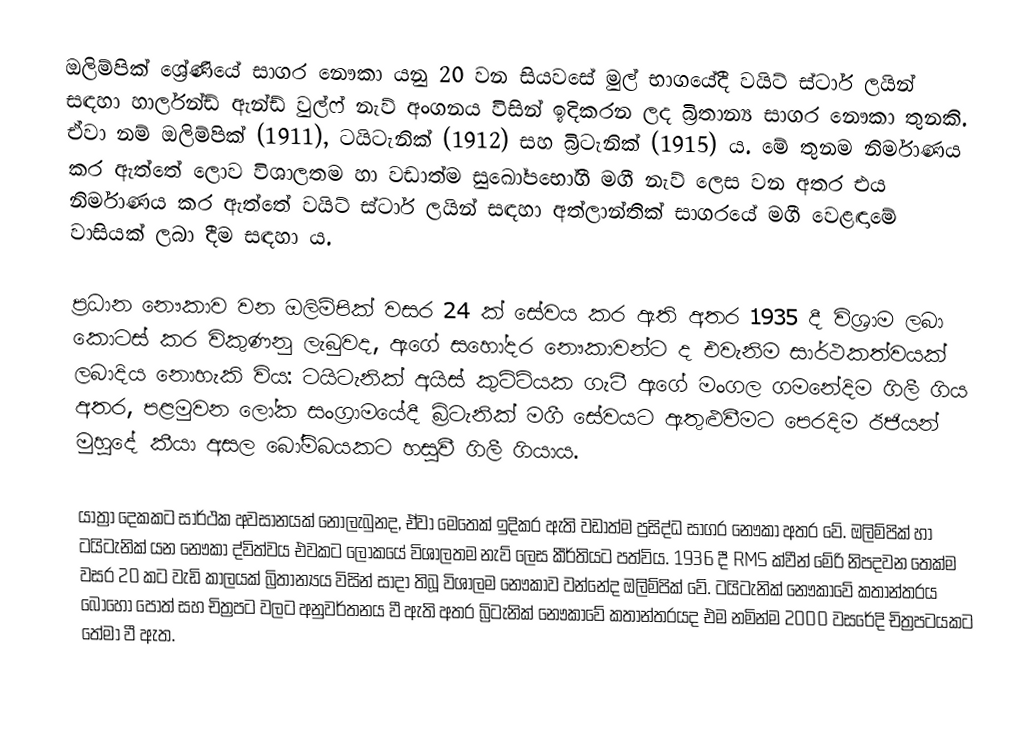
ඔලිම්පික් ශ්‍රේණියේ සාගර නෞකා යනු 20 වන සියවසේ මුල් භාගයේදී වයිට් ස්ටාර් ලයින් සඳහා හාර්ලන්ඩ් ඇන්ඩ් වුල්ෆ් නැව් අංගනය විසින් ඉදිකරන ලද බ්‍රිතාන්‍ය සාගර නෞකා තුනකි. ඒවා නම් ඔලිම්පික් (1911), ටයිටැනික් (1912) සහ බ්‍රිටැනික් (1915) ය. මේ තුනම නිර්මාණය කර ඇත්තේ ලොව විශාලතම හා වඩාත්ම සුඛෝපභෝගී මගී නැව් ලෙස වන අතර එය නිර්මාණය කර ඇත්තේ වයිට් ස්ටාර් ලයින් සඳහා අත්ලාන්තික් සාගරයේ මගී වෙළඳාමේ වාසියක් ලබා දීම සඳහා ය.

ප්‍රධාන නෞකාව වන ඔලිම්පික් වසර 24 ක් සේවය කර ඇති අතර 1935 දී විශ්‍රාම ලබා කොටස් කර විකුණනු ලැබුවද, ඇගේ සහෝදර නෞකාවන්ට ද එවැනිම සාර්ථකත්වයක් ලබාදිය නොහැකි විය: ටයිටැනික් අයිස් කුට්ටියක ගැටී ඇගේ මංගල ගමනේදිම ගිලී ගිය අතර, පළමුවන ලෝක සංග්‍රාමයේදී බ්‍රිටැනික් මගී සේවයට ඇතුළුවීමට පෙරදිම ඊජියන් මුහුදේ කීයා අසල බෝම්බයකට හසුවී ගිලී ගියාය.

යාත්‍රා දෙකකට සාර්ථක අවසානයක් නොලැබුනද, ඒවා මෙතෙක් ඉදිකර ඇති වඩාත්ම ප්‍රසිද්ධ සාගර නෞකා අතර වේ. ඔලිම්පික් හා ටයිටැනික් යන නෞකා ද්විත්වය එවකට ලෝකයේ විශාලතම නැව් ලෙස කීර්තියට පත්විය. 1936 දී RMS ක්වීන් මේරි නිපදවන තෙක්ම වසර 20 කට වැඩි කාලයක් බ්‍රිතාන්‍යය විසින් සාදා තිබූ විශාලම නෞකාව වන්නේද ඔලිම්පික් වේ. ටයිටැනික් නෞකාවේ කතාන්තරය බොහෝ පොත් සහ චිත්‍රපට වලට අනුවර්තනය වී ඇති අතර බ්‍රිටැනික් නෞකාවේ කතාන්තරයද එම නමින්ම 2000 වසරේදි චිත්‍රපටයකට තේමා වී ඇත.